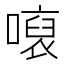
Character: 𱔨